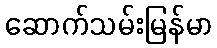
ဆောက်သမ်းမြန်မာ